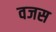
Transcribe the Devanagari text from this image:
वजस